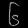
Digit: ၆